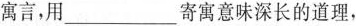
寓言，用___寄寓意味深长的道理，